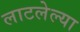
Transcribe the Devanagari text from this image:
लाटलेल्या